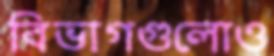
বিভাগগুলোও